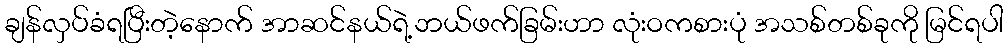
ချန်လှပ်ခံရပြီးတဲ့နောက် အာဆင်နယ်ရဲ့ဘယ်ဖက်ခြမ်းဟာ လုံးဝကစားပုံ အသစ်တစ်ခုကို မြင်ရပါ